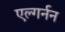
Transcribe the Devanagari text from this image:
एल्गर्नन